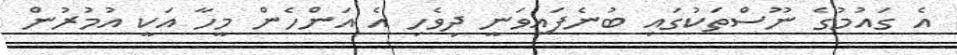
އެ ގައުމުގެ ނޫސްތަކުގައި ބުނެފައިވަނީ ދިވެހި އެ އަންހެން މީހާ އަކީ އުމުރުން